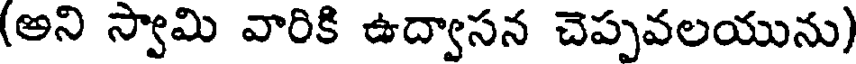
(అని స్వామి వారికి ఉద్వాసన చెప్పవలయును)